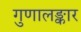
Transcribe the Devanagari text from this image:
गुणालङ्कार